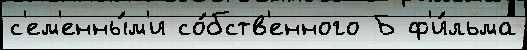
с'ем'енны́м'и со́бств'енного Б ф'и́льма